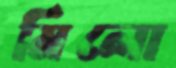
মিলো